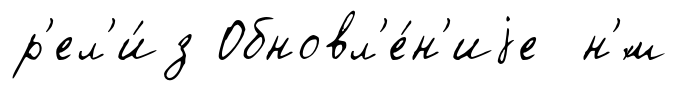
р'ел'и́з Обновл'е́н'иjе н'́м